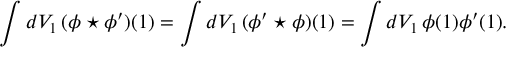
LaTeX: \int d V _ { 1 } \, ( \phi \star \phi ^ { \prime } ) ( 1 ) = \int d V _ { 1 } \, ( \phi ^ { \prime } \star \phi ) ( 1 ) = \int d V _ { 1 } \, \phi ( 1 ) \phi ^ { \prime } ( 1 ) .